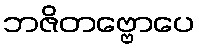
ဘဇိတဗ္ဗောပေ